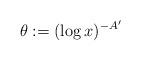
LaTeX: \begin{align*}\theta := (\log x)^{-A'}\end{align*}